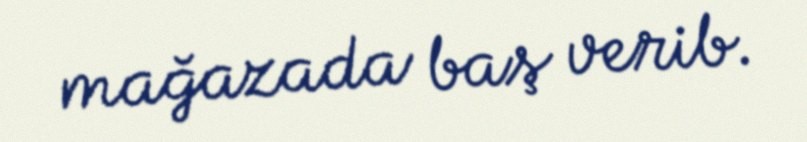
mağazada baş verib.